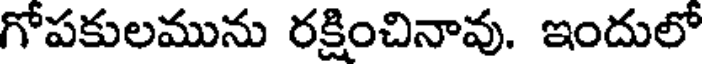
గోపకులమును రక్షించినావు. ఇందులో